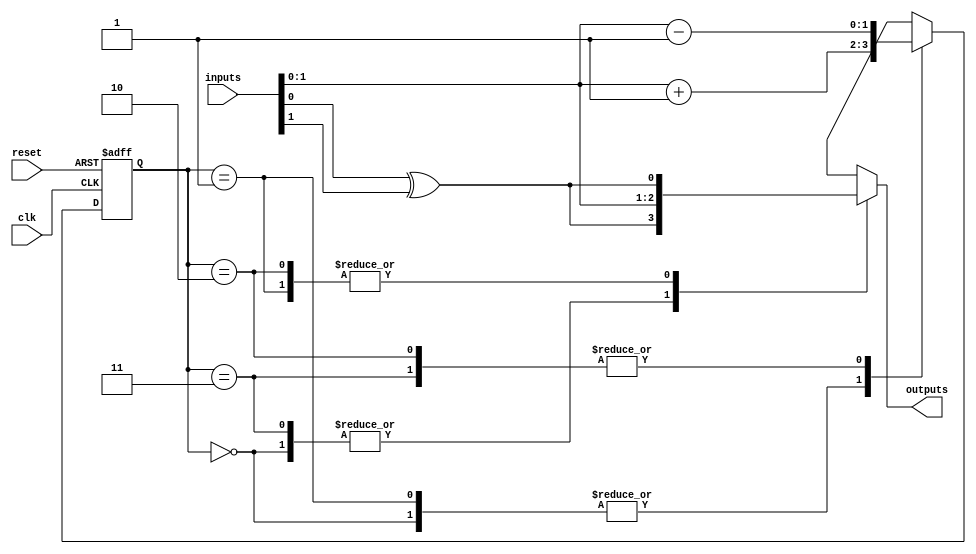
module gray_code_state_machine(
    input wire clk,
    input wire reset,
    input wire [n-1:0] inputs,
    output reg [m-1:0] outputs
);

parameter n = 4; // number of input bits
parameter m = 2; // number of output bits
parameter STATE_A = 2'b00;
parameter STATE_B = 2'b01;
parameter STATE_C = 2'b11;
parameter STATE_D = 2'b10;

reg [1:0] state_reg;
reg [1:0] next_state;

always @(posedge clk or posedge reset) begin
    if (reset) begin
        state_reg <= STATE_A;
    end else begin
        state_reg <= next_state;
    end
end

always @(*) begin
    case(state_reg)
        STATE_A: begin
            next_state = inputs + 1;
            outputs = {inputs[0] ^ inputs[1], inputs[1]};
        end
        
        STATE_B: begin
            next_state = inputs + 1;
            outputs = {inputs[0], inputs[1] ^ inputs[0]};
        end
        
        STATE_C: begin
            next_state = inputs - 1;
            outputs = {inputs[0] ^ inputs[1], inputs[1]};
        end
        
        STATE_D: begin
            next_state = inputs - 1;
            outputs = {inputs[0], inputs[1] ^ inputs[0]};
        end
    endcase
end

endmodule